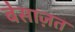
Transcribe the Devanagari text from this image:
बेसाज़त